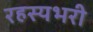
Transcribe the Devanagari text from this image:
रहस्यभरी